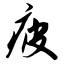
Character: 疲